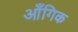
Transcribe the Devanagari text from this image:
आँगिक